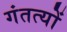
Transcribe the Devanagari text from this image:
गंतत्‍यों